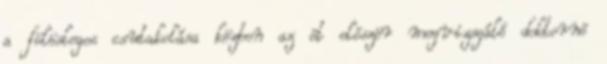
a fölösleges csutakolása közben az õt elõször megvizsgáló doktornõ